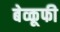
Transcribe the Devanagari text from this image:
बेव्कूफी